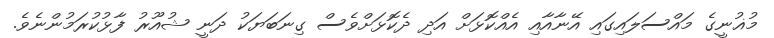
މުޣުނީގެ މައްސަލައިގައި އޭނާއާއި އެއްކޮޅަށް އަދި ދެކޮޅަށްވެސް ގިނަބަޔަކު ދަނީ ޝުއޫރު ފާޅުކުރަމުންނެވެ.